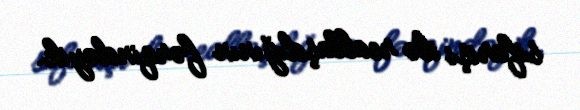
sifarişi ilə reallaşdığının fərqindəyik.